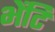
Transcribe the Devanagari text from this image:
भेंटि